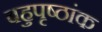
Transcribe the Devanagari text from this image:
बहुपृष्ठांक